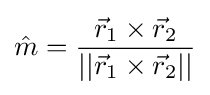
{\hat {m}}={\frac {{\vec {r}}_{1}\times {\vec {r}}_{2}}{||{\vec {r}}_{1}\times {\vec {r}}_{2}||}}